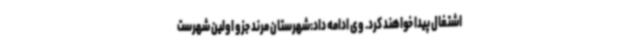
اشتغال پیدا خواهند کرد. وی ادامه داد:شهرستان مرند جزو اولین شهرست